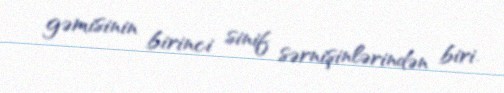
gəmisinin birinci sinif sərnişinlərindən biri.